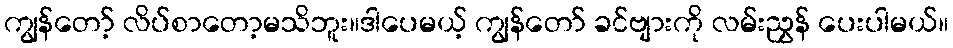
ကျွန်တော့် လိပ်စာတော့မသိဘူး။ဒါပေမယ့် ကျွန်တော် ခင်ဗျားကို လမ်းညွှန် ပေးပါမယ်။